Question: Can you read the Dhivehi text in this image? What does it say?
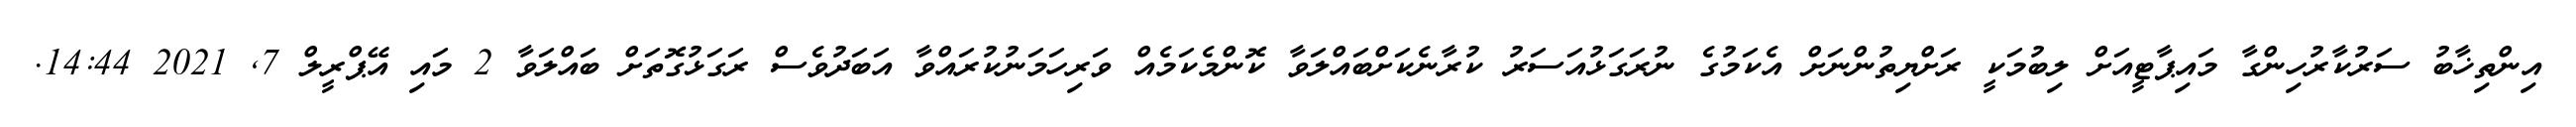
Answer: އިންތިޚާބު ސަރުކާރުހިންގާ މައިޕާޓީއަށް ލިބުމަކީ ރަށްޔިތުންނަށް އެކަމުގެ ނުރަގަޅުއަސަރު ކުރާނެކަށްބައްލަވާ ކޮންމެކަމެއް ވަރިހަމަނުކުރައްވާ އަބަދުވެސް ރަގަޅުގޮތަށް ބައްލަވާ 2 މައި އޭޕްރީލް 7, 2021 14:44.